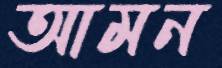
আমন